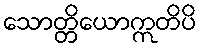
သောတ္တိယောဣတိပိ